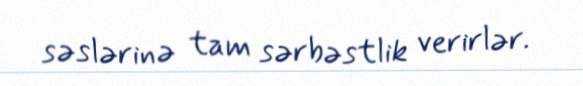
səslərinə tam sərbəstlik verirlər.